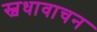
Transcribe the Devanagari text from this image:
स्वधावाचन